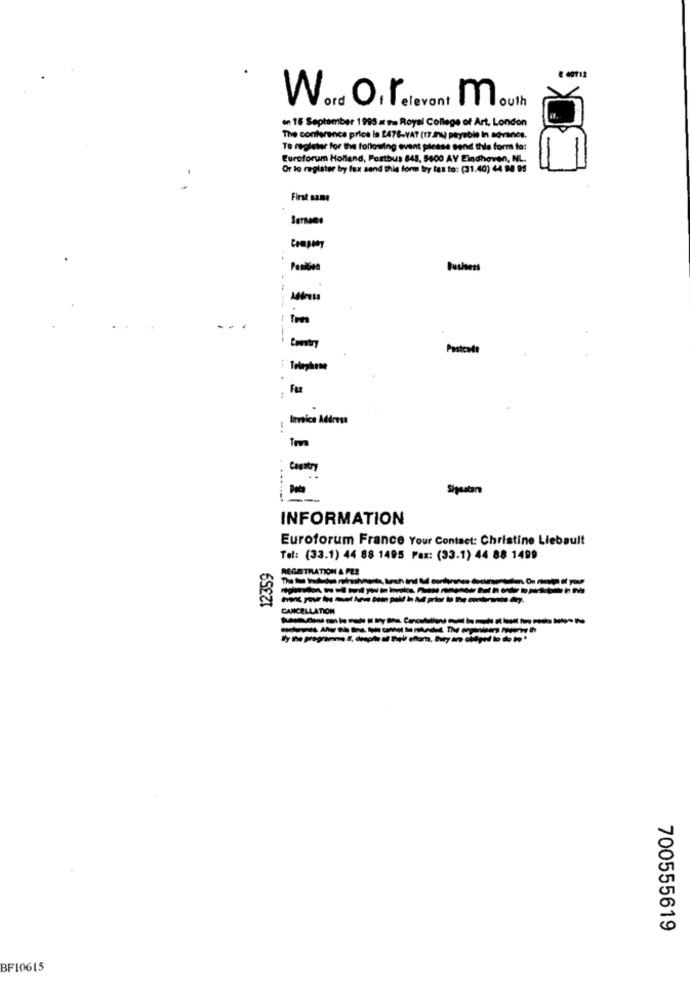
Word O, relevant mouth
on 15 September 1995 a ma Royal College of Art, London
The conference price is 2478-VAT (17.200) payable In advances.
To register for the following event please send this form to:
Euroforum Holland, Postbus 845, 5600 AY Eindhoven, NL.
Or to register by fax send this form bry tas to: (31.40) 44 88 95
-
First name
Crappy
..
Position
Business
Address
-----
Postcode
Telephone
Invoice Address
Cagatry
Data
INFORMATION
Euroforum France Your Contact: Christine Liebault
Tel: (33.1) 44 88 1495 Fax: (33.1) 44 88 1499
12359
REGISTRATION A PLE
CANCELLATION
700555619
BF10615